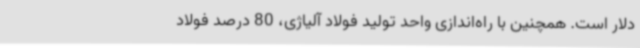
دلار است. همچنین با راه‌اندازی واحد تولید فولاد آلیاژی، 80 درصد فولاد